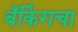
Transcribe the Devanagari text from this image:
बँकिंगचा